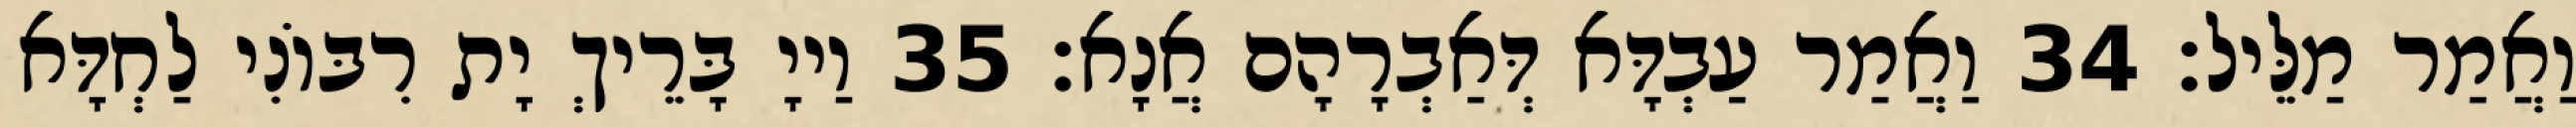
וַאֲמַר מַלֵּיל׃ 34 וַאֲמַר עַבְדָּא דְּאַבְרָהָם אֲנָא׃ 35 וַייָ בָּרֵיךְ יָת רִבּוֹנִי לַחְדָּא